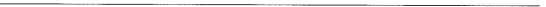
___